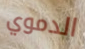
الدموي